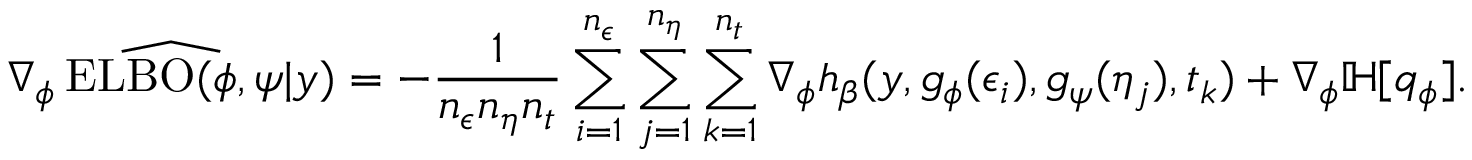
\widehat { \nabla _ { \phi } \operatorname { E L B O } ( \phi , \psi | y ) } = - \frac { 1 } { n _ { \epsilon } n _ { \eta } n _ { t } } \sum _ { i = 1 } ^ { n _ { \epsilon } } \sum _ { j = 1 } ^ { n _ { \eta } } \sum _ { k = 1 } ^ { n _ { t } } \nabla _ { \phi } h _ { \beta } ( y , g _ { \phi } ( \epsilon _ { i } ) , g _ { \psi } ( \eta _ { j } ) , t _ { k } ) + \nabla _ { \phi } \mathbb { H } [ q _ { \phi } ] .